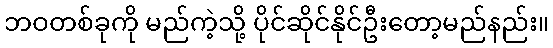
ဘဝတစ်ခုကို မည်ကဲ့သို့ ပိုင်ဆိုင်နိုင်ဦးတော့မည်နည်း။